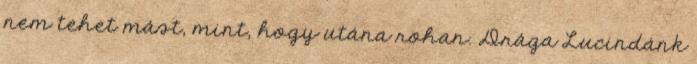
nem tehet mást, mint, hogy utána rohan. Drága Lucindánk